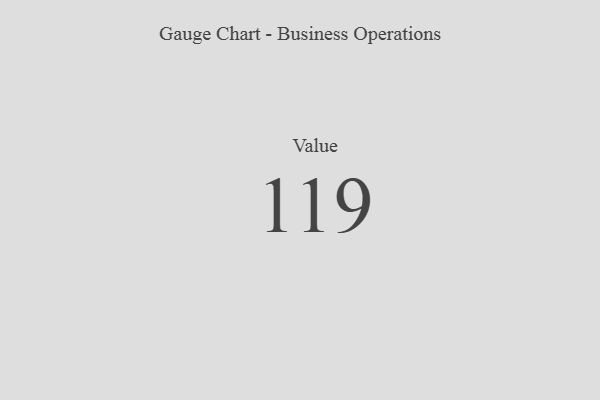
{"axis": {"x": "Metric", "y": "Value"}, "legend": [""], "data": [{"x": "Value", "y": 119, "type": ""}]}